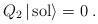
LaTeX: \begin{align*}Q_2\,|\,{\rm sol}\rangle =0\;.\end{align*}